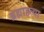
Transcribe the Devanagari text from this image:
ब्रह्माहत्या